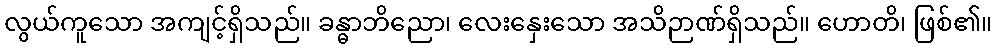
လွယ်ကူသော အကျင့်ရှိသည်။ ခန္ဓာဘိညော၊ လေးနှေးသော အသိဉာဏ်ရှိသည်။ ဟောတိ၊ ဖြစ်၏။